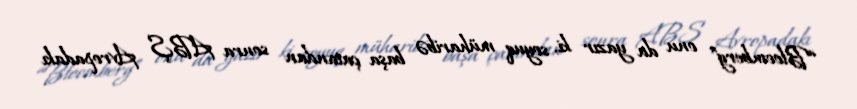
“Bloomberg” onu da yazır ki, soyuq müharibə başa çatandan sonra ABŞ Avropadakı